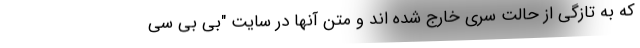
که به تازگی از حالت سِری خارج شده اند و متن آنها در سایت "بی بی سی